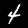
Label: 4